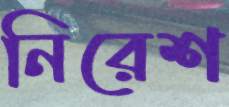
নিরেশ